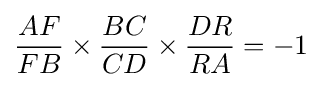
{\frac {AF}{FB}}\times {\frac {BC}{CD}}\times {\frac {DR}{RA}}=-1